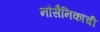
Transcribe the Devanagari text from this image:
नौसैनिकांची